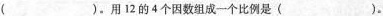
( )。用12的4个因数组成一个比例是( )。